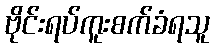
ဗိုင်းရပ်ကူးစက်ခံရသူ